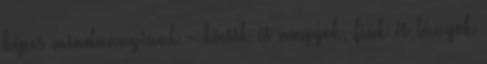
képes mindannyiunk - kicsik és nagyok, fiúk és lányok